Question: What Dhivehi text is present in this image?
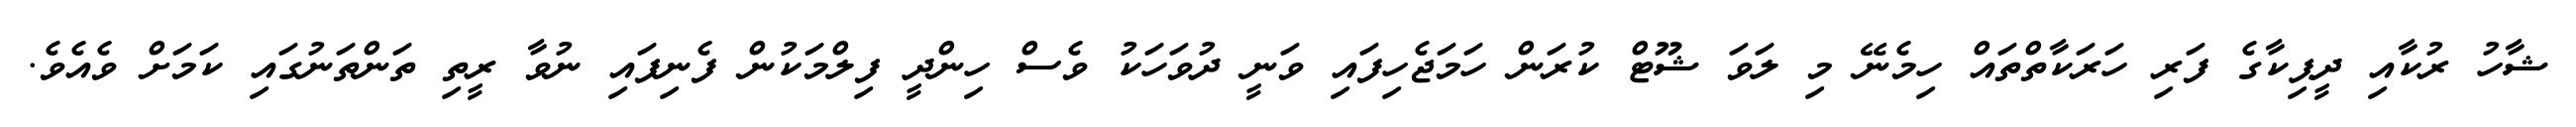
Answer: ޝާހު ރުކާއި ދީޕިކާގެ ފަރި ހަރަކާތްތައް ހިމެނޭ މި ލަވަ ޝޫޓް ކުރަން ހަމަޖެހިފައި ވަނީ ދުވަހަކު ވެސް ހިންދީ ފިލްމަކުން ފެނިފައި ނުވާ ރީތި ތަންތަނުގައި ކަމަށް ވެއެވެ.